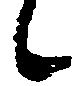
候